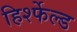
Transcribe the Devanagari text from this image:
हिर्श्फेल्ड